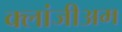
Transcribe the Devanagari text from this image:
क्लांजीअम